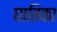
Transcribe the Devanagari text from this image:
घातिका